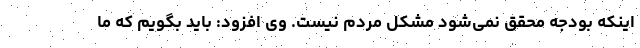
اینکه بودجه محقق نمی‌شود مشکل مردم نیست. وی افزود: باید بگویم که ما